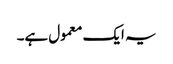
یہ ایک معمول ہے۔